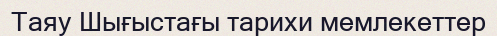
Таяу Шығыстағы тарихи мемлекеттер